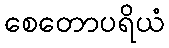
စေတောပရိယံ